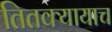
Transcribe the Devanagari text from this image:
तितक्यायाच